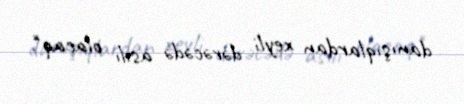
danışıqlardan xeyli dərəcədə asılı olacaq".